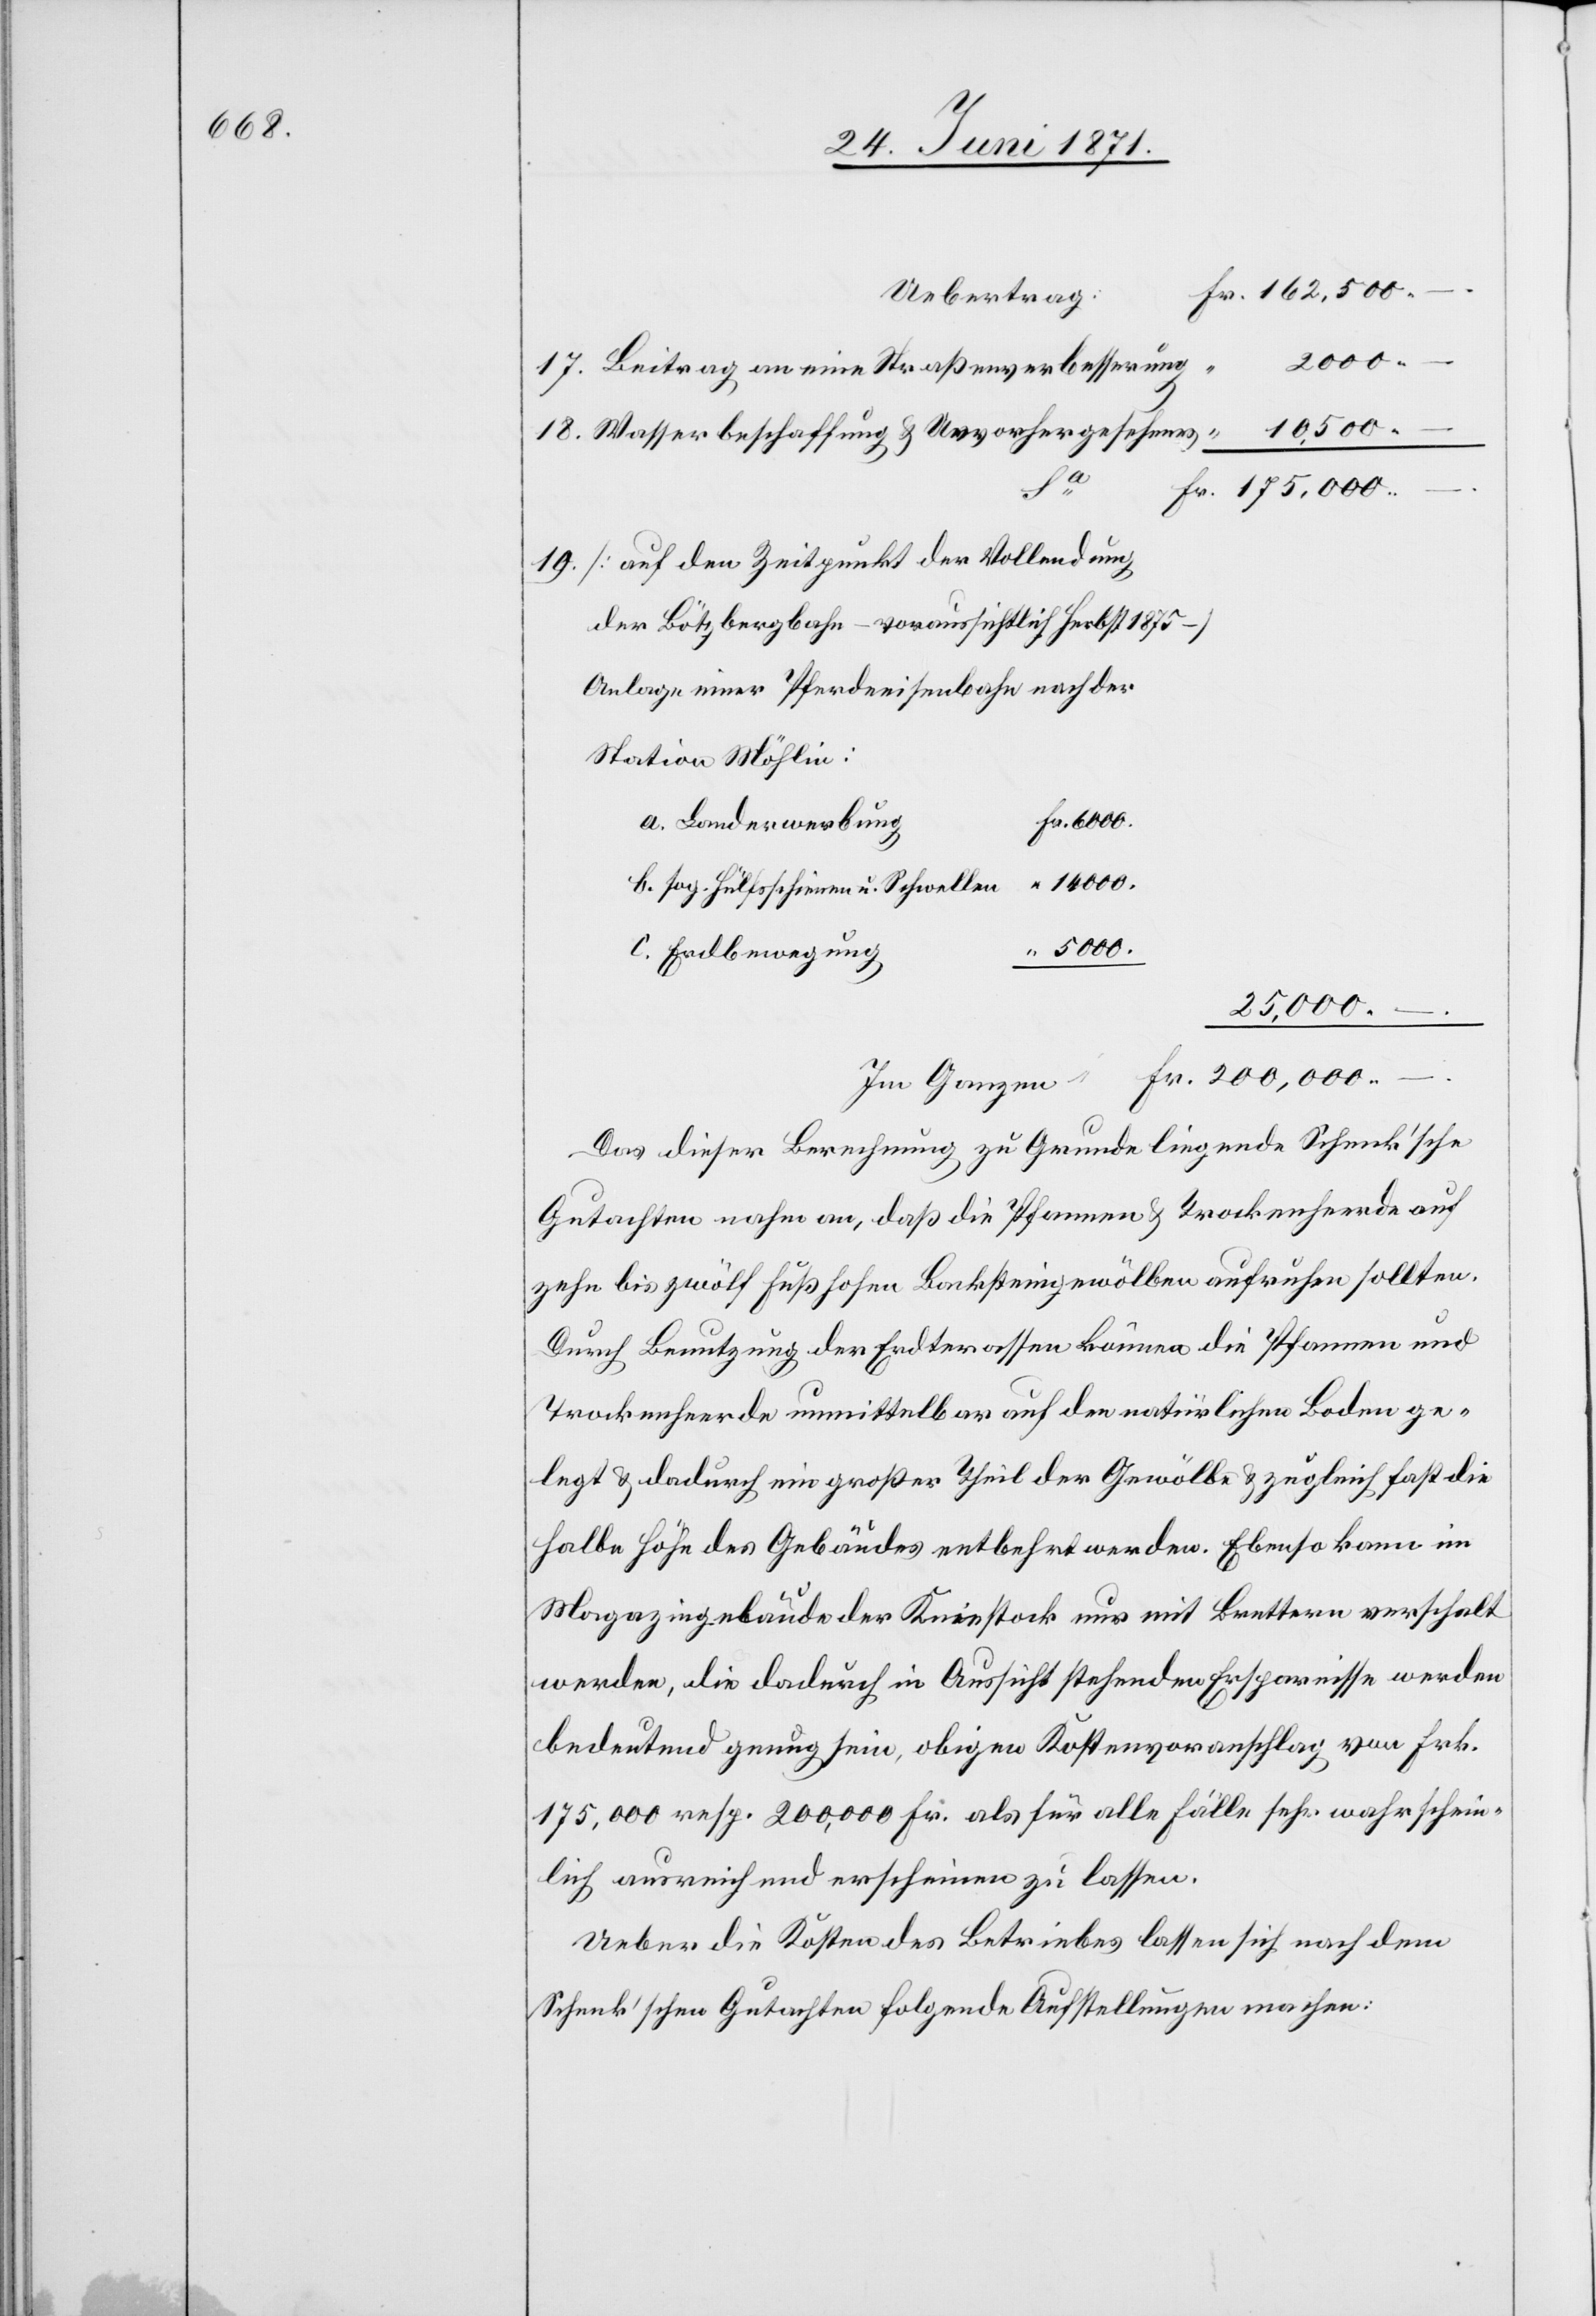
200,000.
Beitrag an eine Straßenverbesserung
10,500.
Wasserbeschaffung u. Unvorhergesehenes
[auf den Zeitpunkt der Vollendung
der Bötzbergbahn – voraussichtlich Herbst 1875 –
Anlage einer Pferdeeisenbahn nach der
Station Möhlin:
Fr. 6000.
a. Landerwerbung
“ 14000.
b. sog. Hülfsschienen u. Schwellen
“ 5000.
c. Erdbewegung
25,000.
–
Das dieser Berechnung zu Grunde liegende Schenk’sche
Gutachten nahm an, daß die Pfannen u. Trockenheerde auf
zehn bis zwölf Fuß hohen Backsteingewölben aufruhen sollten.
Durch Benutzung der Erdterassen kommen die Pfannen und
Trockenheerde unmittelbar auf den natürlichen Boden ge¬
legt u. dadurch ein großer Theil der Gewölbe u. zugleich fast die
halbe Höhe des Gebäudes entbehrt werden. Ebenso kann im
Magazingebäude der Kniestock nur aus Brettern verschalt
werden, die dadurch in Aussicht stehenden Ersparnisse werden
bedeutend genug sein, obigen Kostenvoranschlag von Frk.
175,000 resp. 200,000 Fr. als für alle Fälle sehr wahrschein¬
lich ausreichend erscheinen zu lassen.
Ueber die Kosten des Betriebes lassen sich nach dem
Schenk’schen Gutachten folgende Aufstellungen machen:

18.

–